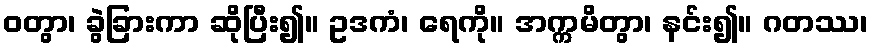
ဝတွာ၊ ခွဲခြားကာ ဆိုပြီး၍။ ဥဒကံ၊ ရေကို။ အက္ကမိတွာ၊ နင်း၍။ ဂတဿ၊